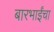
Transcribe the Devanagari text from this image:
बारभाईंचा